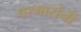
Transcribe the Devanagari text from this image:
परमारांनी